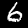
Digit: 6